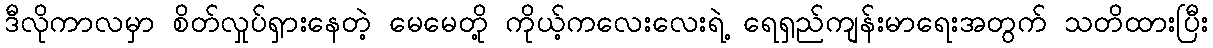
ဒီလိုကာလမှာ စိတ်လှုပ်ရှားနေတဲ့ မေမေတို့ ကိုယ့်ကလေးလေးရဲ့ ရေရှည်ကျန်းမာရေးအတွက် သတိထားပြီး